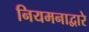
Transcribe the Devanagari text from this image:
नियमनाद्वारे